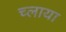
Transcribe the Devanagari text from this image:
च्लाया